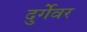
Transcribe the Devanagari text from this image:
दुर्गेवर